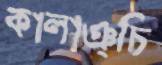
কালাঞ্চি